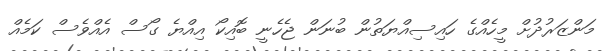
މަންޒަރުދުށް މީހެއްގެ ހައިސިއްޔަތުން ބުނަން ޖެހެނީ ބޮއިކޯ އިއްޔެ ގޯސް އެއްވެސް ކަމެއް